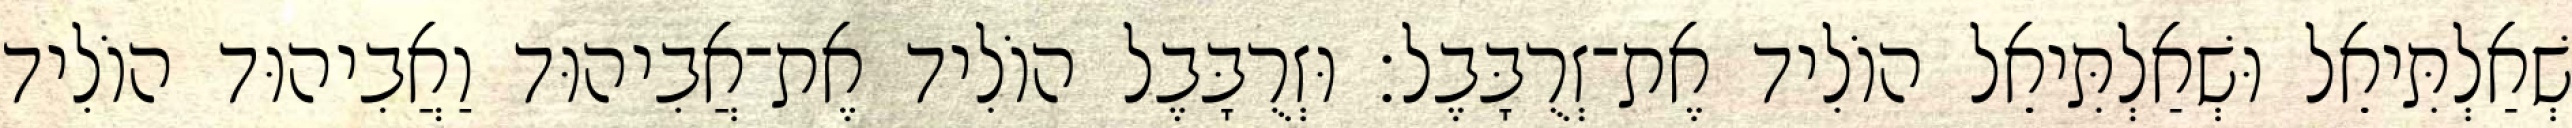
שְׁאַלְתִּיאֵל וּשְׁאַלְתִּיאֵל הוֹלִיד אֶת־זְרֻבָּבֶל׃ וּזְרֻבָּבֶל הוֹלִיד אֶת־אֲבִיהוּד וַאֲבִיהוּד הוֹלִיד